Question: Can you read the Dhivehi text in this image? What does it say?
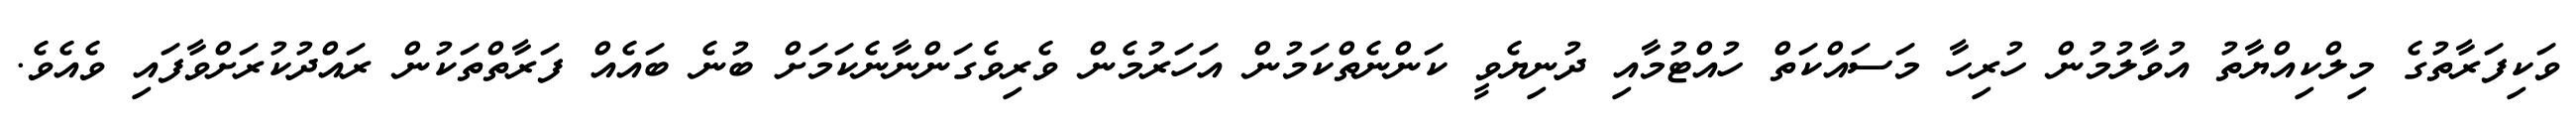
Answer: ވަކިފަރާތުގެ މިލްކިއްޔާތު އުވާލުމުން ހުރިހާ މަސައްކަތް ހުއްޓުމާއި ދުނިޔެވީ ކަންނެތްކަމުން އަހަރުމެން ވެރިވެގަންނާނެކަމަށް ބުނެ ބައެއް ފަރާތްތަކުން ރައްދުކުރަށްވާފައި ވެއެވެ.